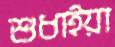
শুধাইয়া